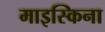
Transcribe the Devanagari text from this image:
माइस्किना